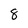
Character: 8